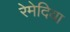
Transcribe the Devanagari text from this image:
रेमेदिया